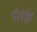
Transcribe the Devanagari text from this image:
पॅलेक्वे